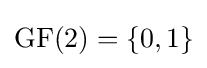
{\text{GF}}(2)=\{0,1\}